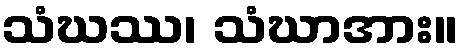
သံဃဿ၊ သံဃာအား။